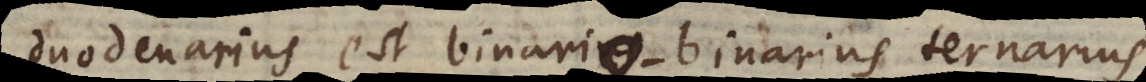
duodenarius est binarius binario‐binarius